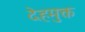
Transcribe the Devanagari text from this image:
देहमुक्त